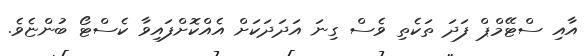
އާއި ސްޓޭމްޕް ފަދަ ތަކެތި ވެސް ގިނަ އަދަދަކަށް އެއްކޮށްފައިވާ ކެސްޓޯ ބުންޏެވެ.